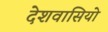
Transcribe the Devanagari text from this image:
देशवासियो